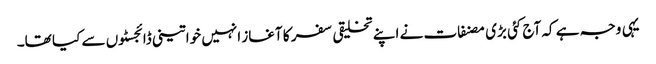
یہی وجہ ہے کہ آج کئی بڑی مصنفات نے اپنے تخلیقی سفر کا آغاز انہیں خواتینی ڈائجسٹوں سے کیا تھا۔